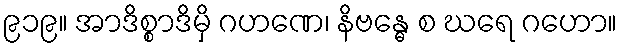
၉၁၉။ အာဒိစ္စာဒိမှိ ဂဟဏေ၊ နိဗန္ဓေ စ ဃရေ ဂဟော။